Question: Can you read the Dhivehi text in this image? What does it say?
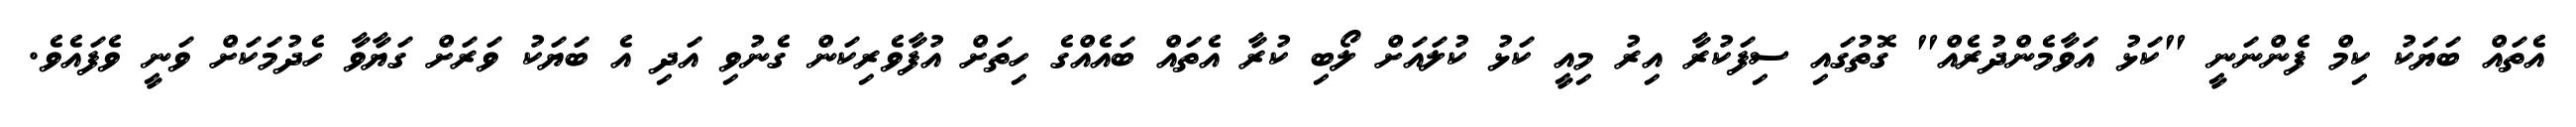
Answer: އެތައް ބަޔަކު ކިމް ފެންނަނީ "ކަޅު އަވާމެންދުރެއް" ގޮތުގައި ސިފަކުރާ އިރު މިއީ ކަޅު ކުލައަށް ލޯބި ކުރާ އެތައް ބައެއްގެ ހިތަށް އުފާވެރިކަން ގެނުވި އަދި އެ ބަޔަކު ވަރަށް ގަޔާވާ ހެދުމަކަށް ވަނީ ވެފައެވެ.